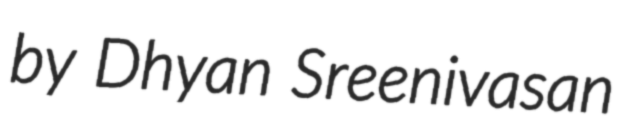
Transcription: by Dhyan Sreenivasan